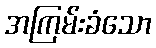
အကြမ်းခံသော